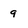
Character: 9